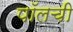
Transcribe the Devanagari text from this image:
पॉलची